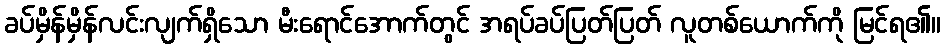
ခပ်မှိန်မှိန်လင်းလျက်ရှိသော မီးရောင်အောက်တွင် အရပ်ခပ်ပြတ်ပြတ် လူတစ်ယောက်ကို မြင်ရ၏။